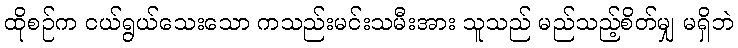
ထိုစဉ်က ငယ်ရွယ်သေးသော ကသည်းမင်းသမီးအား သူသည် မည်သည့်စိတ်မျှ မရှိဘဲ